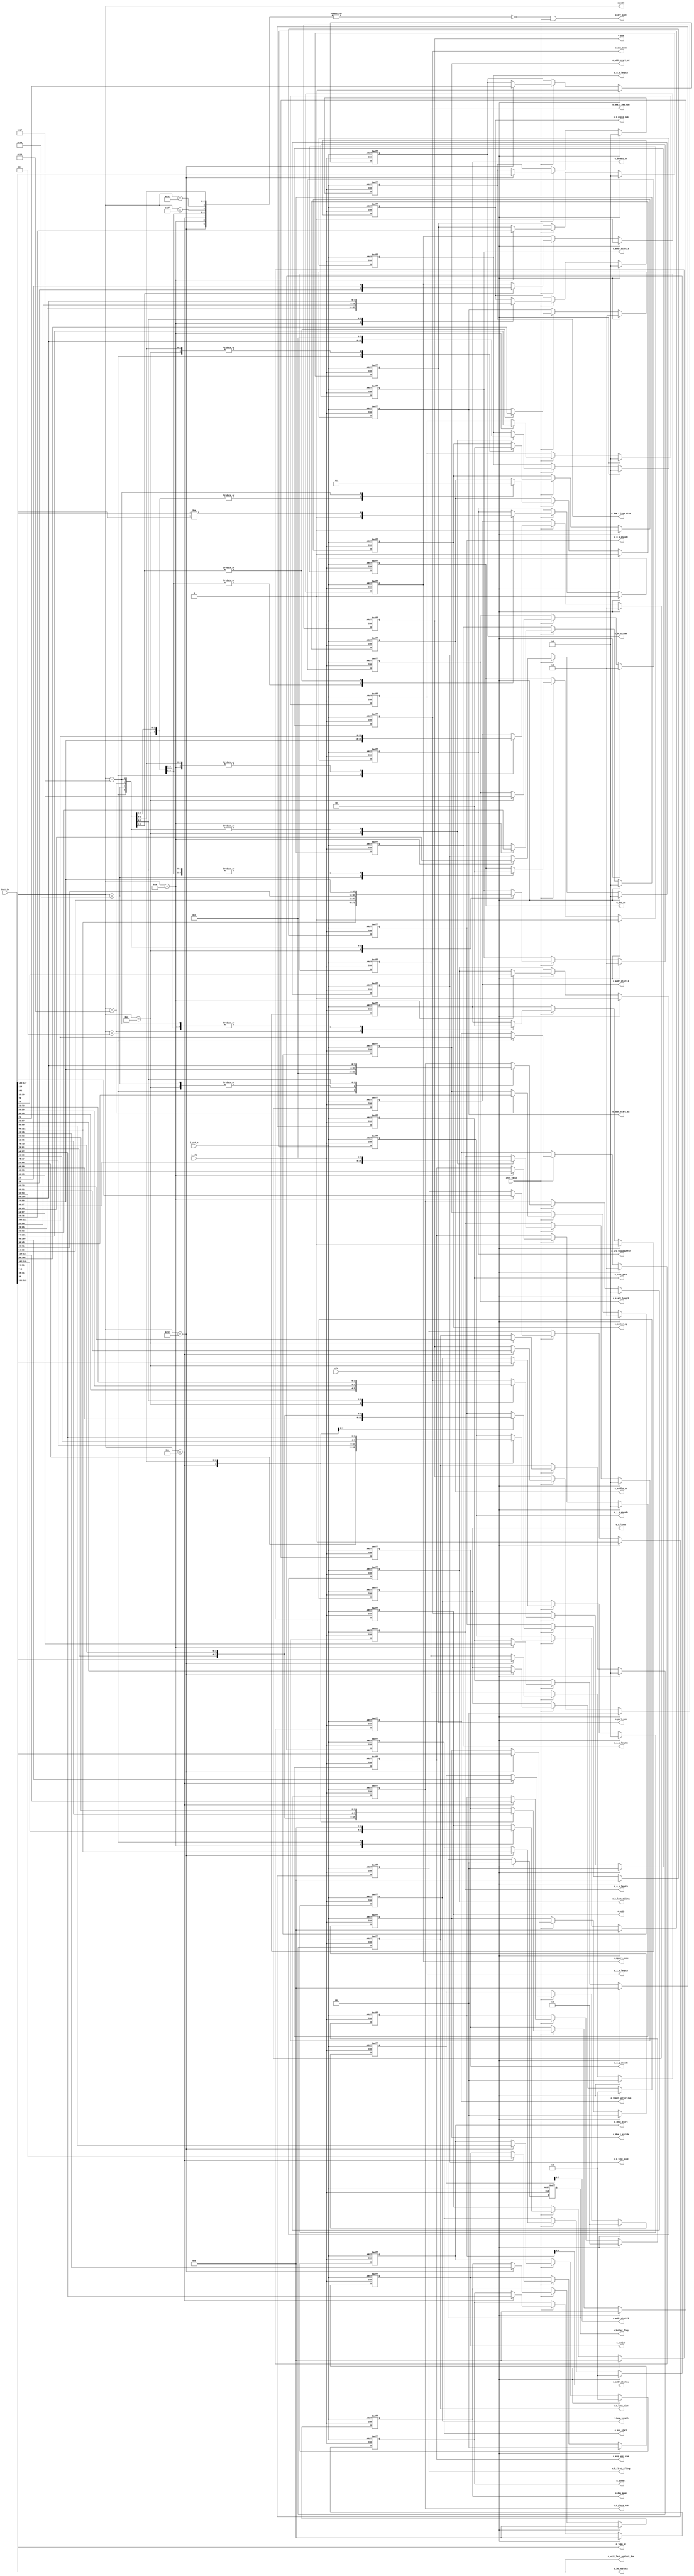
`timescale 1ns / 1ps

module decoder(
	input i_clk,
	input i_rst_n,
	input clr,

	input [127:0] inst_in,
	input inst_valid,

	output [4:0] opcode,
	output [3:0] o_mode,

	output  [15:0] o_addr_start_d      ,
	output  [15:0] o_addr_start_d2      ,
	output  [9:0] o_addr_start_w      ,
	output  [15:0] o_addr_start_s      ,
	output  [15:0] o_addr_start_s2      ,
	output  [7:0] o_addr_start_b      ,
	output  [1:0]  o_buffer_flag       ,
                                      
	output  [7:0]  o_i_x_length        ,
	output  [7:0]  o_i_y_length        ,
	output  [7:0]  o_i_piece_num       ,
                                      
	//output  [1:0]  o_tiling_type       ,
	output         o_b_first_tiling       ,
	output         o_b_last_tiling       ,
	output  [7:0]  o_part_num          ,
	output  [3:0]  o_last_part         ,
	output  [7:0]  o_i_line_size       ,
                                   
	output  [7:0]  o_o_x_length        ,
	output  [7:0]  o_o_y_length        ,
	output  [7:0]  o_o_piece_num       ,
                                   
	output  [3:0]  o_kernel            ,
	output  [1:0]  o_stride            ,
	output  [1:0]  o_pad               ,
                                   
	output  reg [7:0] r_jump_length        ,
	output  [7:0]  o_o_line_size        ,
	output  [15:0] o_s_all_length      ,
                                   
	output  [7:0]  o_avg_pool_coe       ,
	output  [3:0]  o_w_q_encode         ,
	output  [3:0]  o_i_q_encode         ,
	output  [3:0]  o_o_q_encode         ,
	
	 output o_sorter_op,
	 output  [15:0] o_Input_sorter_num,
	 output o_dot_en   ,
	 output o_dotacc_en,
	 output o_actfun_en,
	 output o_square_mode,

	//output  [2:0]  o_softmax_o_num      ,
	//output  [15:0] o_softmax_i_num     ,
	//output  [11:0] o_softmax_dest_addr ,
	//output  [11:0] o_softmax_src_addr  ,

	output  [3:0]  o_dma_mode          ,
	output  [31:0] o_src_start         ,
	output  [31:0] o_dest_start        ,
	output  [31:0] o_d_lines           ,
	output  o_be_stream  ,
	output  o_be_noblock ,
	output  [7:0] o_dma_i_line_size ,     
	output  [1:0] o_dma_i_stride    ,
	output  [1:0] o_dma_i_pad_num   ,
	
	output  [11:0] o_jump_pc              ,
	output  o_wait_last_noblock_dma,
	output  o_src_from2buffer,
	//output  o_be_noblock,
	output  [1:0] o_act_mode,
	output  o_err_inst


);

parameter DMA = 5'b10010;
parameter IOB2N = 5'b01010;
parameter WB2N = 5'b01011;
parameter N2IOB = 5'b01101;
parameter SOFTMAX = 5'b00110;
parameter STOP = 5'b11111;
parameter JUMP = 5'b11100;
parameter DOT = 5'b10011;
parameter DOTACC = 5'b10110;
parameter ACTFUN = 5'b10111;

wire  [9:0]opcode_array;
reg   [3:0] r_mode;
reg   [15:0] r_addr_start_d ;    
reg   [15:0] r_addr_start_d2 ; 
reg   [11:0] r_addr_start_w ;    
reg   [15:0] r_addr_start_s ;   
reg   [15:0] r_addr_start_s2 ;  
reg   [11:0] r_addr_start_b ;    
reg   [1:0]  r_buffer_flag  ;    
                              
reg   [7:0]  r_i_x_length  ;     
reg   [7:0]  r_i_y_length  ;     
reg   [7:0]  r_i_piece_num ; 
reg   [15:0]  r_Input_sorter_num ;    
                              
reg   [1:0]  r_tiling_type ;     
reg   [7:0]  r_part_num    ;     
reg   [3:0]  r_last_part   ;     
reg   [7:0]  r_i_line_size ;     
                              
reg   [7:0]  r_o_x_length  ;     
reg   [7:0]  r_o_y_length  ;     
reg   [7:0]  r_o_piece_num ;     
                              
reg   [3:0]  r_kernel     ;      
reg   [1:0]  r_stride     ;      
reg   [1:0]  r_pad        ;      
                              
//reg   [7:0]  r_jump_length  ;    
reg   [7:0]  r_o_line_size  ;    
reg   [15:0] r_s_all_length ;    
                              
reg   [7:0]  r_avg_pool_coe ;    
reg   [3:0]  r_w_q_encode   ;    
reg   [3:0]  r_i_q_encode   ;    
reg   [3:0]  r_o_q_encode   ;    
                              
reg   [2:0]  r_softmax_o_num     ;
reg   [15:0] r_softmax_i_num     ;
reg   [11:0] r_softmax_dest_addr ;
reg   [11:0] r_softmax_src_addr  ;
                              
reg   [3:0]  r_dma_mode    ;     
reg   [31:0] r_src_start   ;     
reg   [31:0] r_dest_start  ;     
reg   [31:0] r_d_lines     ; 
reg          r_be_stream    ; 
//reg          r_be_noblock   ;
reg     [1:0]     r_act_mode;
reg   r_b_last_tiling ;
reg   r_b_first_tiling;
reg   r_sorter_op;
reg  [7:0] r_dma_i_line_size ;
reg  [1:0] r_dma_i_stride    ;
reg  [1:0] r_dma_i_pad_num   ;
reg   r_dot_en    ;
reg   r_dotacc_en ;
reg   r_actfun_en ;
reg   r_square_mode;
reg   r_src_from2buffer;

assign opcode = inst_in[127:123];
//assign opcode = 5'b10111;
assign o_jump_pc               = inst_in[122:111];
assign o_wait_last_noblock_dma = inst_in[20];
assign o_be_noblock            = inst_in[20];
assign opcode_array  = {(opcode == DMA),(opcode == IOB2N),(opcode == WB2N),(opcode == N2IOB)
,(opcode == SOFTMAX),(opcode == STOP),(opcode == JUMP),(opcode == DOT),(opcode == DOTACC),(opcode == ACTFUN)};
assign o_err_inst = (~|opcode_array)&&inst_valid; 
assign o_mode = r_mode;  
assign o_addr_start_d       = r_addr_start_d     ;
assign o_addr_start_d2       = r_addr_start_d2     ;     
assign o_addr_start_w       = r_addr_start_w[9:0]     ;
assign o_addr_start_s       = r_addr_start_s     ;
assign o_addr_start_b       = r_addr_start_b[7:0]     ;
assign o_buffer_flag        = r_buffer_flag      ;                 
assign o_i_x_length         = r_i_x_length       ;
assign o_i_y_length         = r_i_y_length       ;
assign o_i_piece_num        = r_i_piece_num      ;                 
//assign o_tiling_type        = r_tiling_type      ;
assign o_b_first_tiling     = r_b_first_tiling   ;
assign o_b_last_tiling      = r_b_last_tiling   ;


assign o_part_num           = r_part_num         ;
assign o_last_part          = r_last_part        ;
assign o_i_line_size        = r_i_line_size      ;                
assign o_o_x_length         = r_o_x_length       ;
assign o_o_y_length         = r_o_y_length       ;
assign o_o_piece_num        = r_o_piece_num      ;               
assign o_kernel             = r_kernel           ;
assign o_stride             = r_stride           ;
assign o_pad                = r_pad              ;                
//assign o_jump_length        = r_jump_length      ;
assign o_o_line_size        = r_o_line_size      ;
assign o_s_all_length       = r_s_all_length     ;              
assign o_avg_pool_coe       = r_avg_pool_coe     ;
assign o_w_q_encode         = r_w_q_encode       ;
assign o_i_q_encode         = r_i_q_encode       ;
assign o_o_q_encode         = r_o_q_encode       ;               
assign o_softmax_o_num      = r_softmax_o_num    ;
assign o_softmax_i_num      = r_softmax_i_num    ;
assign o_softmax_dest_addr  = r_softmax_dest_addr;
assign o_softmax_src_addr   = r_softmax_src_addr ;                
assign o_dma_mode           = r_dma_mode         ;
assign o_src_start          = r_src_start        ;
assign o_dest_start         = r_dest_start       ;
assign o_d_lines            = r_d_lines          ;   
assign o_be_stream          = r_be_stream        ;   
//assign o_be_noblock         = r_be_noblock       ; 
assign o_act_mode           = r_act_mode;
assign o_addr_start_s2 = r_addr_start_s2;
assign o_sorter_op = r_sorter_op;
assign  o_dot_en    = r_dot_en   ;
assign  o_dotacc_en = r_dotacc_en;
assign  o_actfun_en = r_actfun_en;
assign  o_square_mode = r_square_mode;
assign  o_src_from2buffer = r_src_from2buffer;
assign o_Input_sorter_num = r_Input_sorter_num;
assign o_dma_i_line_size = r_dma_i_line_size;
assign o_dma_i_stride    = r_dma_i_stride   ;
assign o_dma_i_pad_num   = r_dma_i_pad_num  ;


always @(posedge i_clk or negedge i_rst_n)
begin
	if (i_rst_n == 0)
	begin
		r_mode         <= 4'h0;
		r_addr_start_d <= 12'h0;
		r_addr_start_d2 <= 12'h0;
		r_addr_start_w <= 12'h0;
		r_addr_start_s <= 12'h0;
		r_addr_start_s2 <= 12'b0;
		r_addr_start_b <= 12'h0;
		r_buffer_flag  <= 2'b0;
		r_i_x_length   <= 8'h0;
		r_i_y_length   <= 8'h0;
		r_i_piece_num  <= 8'h0;
		r_tiling_type  <= 2'b0;
		r_part_num     <= 8'h0;
		r_last_part    <= 4'h0;
		r_i_line_size  <= 8'h0;
		r_o_x_length   <= 8'h0;
		r_o_y_length   <= 8'h0;
		r_o_piece_num  <= 8'h0;
		r_kernel       <= 4'h0;
		r_stride       <= 2'b0;
		r_pad          <= 2'b0;
		r_jump_length  <= 8'h0;
		r_s_all_length <= 16'h0;
		r_o_line_size  <= 8'h0;
		r_dma_mode     <= 4'h0;
		r_src_start    <= 32'h0;
		r_dest_start   <= 32'h0;
		r_d_lines      <= 32'h0;
	    r_be_stream    <= 1'b0;
//	    r_be_noblock   <= 1'b0;
	    r_act_mode     <= 2'b0;
	    r_softmax_o_num <= 3'b0;
	    r_softmax_i_num <= 16'b0;
	    r_softmax_dest_addr <= 12'b0;
		    r_softmax_src_addr <= 12'b0;
		    r_w_q_encode       <= 4'b0;
			r_i_q_encode       <= 4'b0;
			r_o_q_encode       <= 4'b0;
			r_avg_pool_coe <= 8'b0;
			r_b_last_tiling  <= 1'b0;
           r_b_first_tiling <= 1'b0;
           r_sorter_op <= 1'b0;
           r_dot_en    <= 1'b0;
           r_dotacc_en <= 1'b0;
           r_actfun_en <= 1'b0; 
           r_square_mode <= 1'b0;
           r_src_from2buffer <= 1'b0;
           r_Input_sorter_num <= 16'b0;
            r_dma_i_line_size <= 8'b0;
			r_dma_i_stride    <= 2'b0;
			r_dma_i_pad_num   <= 2'b0;
          

		
	end
	else if (clr)
	begin
		r_mode         <= 4'h0;
		r_addr_start_d <= 12'h0;
		r_addr_start_d2 <= 12'h0;
		r_addr_start_w <= 12'h0;
		r_addr_start_s <= 12'h0;
		r_addr_start_s2 <= 12'b0;
		r_addr_start_b <= 12'h0;
		r_buffer_flag  <= 2'b0;
		r_i_x_length   <= 8'h0;
		r_i_y_length   <= 8'h0;
		r_i_piece_num  <= 8'h0;
		//r_tiling_type  <= 2'b0;
		r_part_num     <= 8'h0;
		r_last_part    <= 4'h0;
		r_i_line_size  <= 8'h0;
		r_o_x_length   <= 8'h0;
		r_o_y_length   <= 8'h0;
		r_o_piece_num  <= 8'h0;
		r_kernel       <= 4'h0;
		r_stride       <= 2'b0;
		r_pad          <= 2'b0;
		r_jump_length  <= 8'h0;
		r_s_all_length <= 16'h0;
		r_o_line_size  <= 8'h0;
		r_dma_mode     <= 4'h0;
		r_src_start    <= 32'h0;
		r_dest_start   <= 32'h0;
		r_d_lines      <= 32'h0; 
		r_be_stream    <= 1'b0;
	  //r_be_noblock   <= 1'b0;
	  r_act_mode<= 2'b0;
	    r_softmax_o_num <= 3'b0;
	    r_softmax_i_num <= 16'b0;
	    r_softmax_dest_addr <= 12'b0;
		r_softmax_src_addr <= 12'b0;
		 r_w_q_encode       <= 4'b0;
			r_i_q_encode       <= 4'b0;
			r_o_q_encode       <= 4'b0;
			r_avg_pool_coe <= 8'b0;
			r_b_last_tiling  <= 1'b0;
           r_b_first_tiling <= 1'b0;
           r_sorter_op <= 1'b0;
           r_dot_en    <= 1'b0;
           r_dotacc_en <= 1'b0;
           r_actfun_en <= 1'b0;
           r_square_mode <= 1'b0;
            r_src_from2buffer <= 1'b0;
            r_Input_sorter_num <= 16'b0;   
             r_dma_i_line_size <= 8'b0;
			r_dma_i_stride    <= 2'b0;
			r_dma_i_pad_num   <= 2'b0;
			
           
           
	end
	else if(inst_valid)
	begin
		case (opcode)
			DMA:
			begin
				r_src_start <= inst_in[121:90];
				r_dest_start <= inst_in[89:58];
				r_d_lines <= inst_in[57:26];
				r_dma_mode <= inst_in[25:22];
				r_be_stream <= inst_in[21];
				r_dma_i_line_size <= inst_in[19:12];
				r_dma_i_stride    <= inst_in[11:10];
				r_dma_i_pad_num   <= inst_in[9:7];
			end

			IOB2N:
			begin
				r_addr_start_d <= inst_in[121:106];
				//r_buffer_flag <= inst_in[105:102];
				r_mode <= inst_in[105:102];
				r_i_x_length <= inst_in[101:94];
				r_i_y_length <= inst_in[93:86];
				r_i_piece_num <= inst_in[85:78];
				//r_tiling_type <= inst_in[79:78];
				r_b_last_tiling  <=  inst_in[77];
              r_b_first_tiling <=   inst_in[76];
				//r_tiling_type <= inst_in[79:78];
				//r_tiling_type <= inst_in[79:78];
				r_part_num <= inst_in[75:68];
				r_last_part <= inst_in[67:64];
				r_i_line_size <= inst_in[63:56];
				r_avg_pool_coe <= inst_in[55:48];
			end

			WB2N:
			begin
				r_addr_start_w <= inst_in[121:110];
				r_addr_start_b <= inst_in[109:98];
				r_kernel <= inst_in[97:94];
				r_stride <= inst_in[93:92];
				r_pad <= inst_in[91:90];
				r_w_q_encode <= inst_in[89:86];
				r_i_q_encode <= inst_in[85:82];
				r_o_q_encode <= inst_in[81:78];
			end

			N2IOB:
			begin
				r_addr_start_s <= inst_in[121:106];
				
				r_o_x_length <= inst_in[105:98];
				r_o_y_length <= inst_in[97:90];
				r_o_piece_num <= inst_in[89:82];
				r_jump_length <= inst_in[81:74];
				r_o_line_size <= inst_in[73:66];
				r_s_all_length <= inst_in[65:50];
				r_act_mode <= inst_in[49:48];
				//r_addr_start_s2 <= inst_in[49:38];
				r_sorter_op <= 1'b0;
				r_dot_en    <= 1'b0;
              r_dotacc_en <= 1'b0;
              r_actfun_en <= 1'b0;
               r_src_from2buffer <= 1'b0;
			end

			SOFTMAX:
			begin
				//r_softmax_o_num <= inst_in[121:1];
         			r_Input_sorter_num <= inst_in[121:106];
         			r_addr_start_s <= inst_in[105:90];
         			r_addr_start_d <= inst_in[89:74];
        			// r_buffer_flag <= inst_in[79:78];
         			r_sorter_op <= 1'b1;
         			r_o_x_length <= 1'b1;
         			r_o_y_length <= 1'b1;
         			r_o_piece_num <= 1'b1;
         			r_mode <= 4'b0;
         			r_dot_en    <= 1'b0;
           			r_dotacc_en <= 1'b0;
           			r_actfun_en <= 1'b0;
				r_src_from2buffer <= 1'b0;
				//r_wait_last_dma <= inst_in[37];
			end
			
		DOT:
			begin
			
				r_addr_start_d <= inst_in[121:106];
				r_addr_start_d2 <= inst_in[105:90];
				r_src_from2buffer <= inst_in[118]!=inst_in[102];
				r_o_piece_num  <= inst_in[89:82];
				r_sorter_op <= 1'b0;
				r_w_q_encode       <= inst_in[81:78];
			   r_i_q_encode       <= inst_in[77:74];
			   r_o_q_encode       <= inst_in[73:70];
			   r_addr_start_s <= inst_in[69:54];
			   r_square_mode <= inst_in[39];
			   r_o_x_length <= 1'b1;
         		r_o_y_length <= 1'b1;
			   r_dot_en    <= 1'b1;
              r_dotacc_en <= 1'b0;
              r_actfun_en <= 1'b0;
              /*
              r_addr_start_d <= 16'h0000;
				r_addr_start_d2 <= 16'h0006;
				r_src_from2buffer <= 1'b0;
				r_o_piece_num  <= 8'h04;
				r_sorter_op <= 1'b0;
				r_w_q_encode       <= inst_in[81:78];
			   r_i_q_encode       <= inst_in[77:74];
			   r_o_q_encode       <= inst_in[73:70];
			   r_addr_start_s <= 16'h1000;
			   r_square_mode <= 1'b0;
			   r_o_x_length <= 1'b1;
         		r_o_y_length <= 1'b1;
			   r_dot_en    <= 1'b1;
              r_dotacc_en <= 1'b0;
              r_actfun_en <= 1'b0;*/
              
			end	
		
		DOTACC:
			begin
			
				r_addr_start_d <= inst_in[121:106];
				r_addr_start_d2 <= inst_in[105:90];
				r_src_from2buffer <= inst_in[118]!=inst_in[102];
				r_o_piece_num  <= inst_in[81:74];
				r_i_piece_num <= inst_in[89:82];
				r_sorter_op <= 1'b0;
				r_w_q_encode       <= inst_in[73:70];
			   r_i_q_encode       <= inst_in[69:66];
			   r_o_q_encode       <= inst_in[65:62];
			   r_addr_start_s <= inst_in[61:46];
			   r_addr_start_s2 <= inst_in[45:30];
			   r_act_mode <= inst_in[29:28];
			   r_square_mode <= inst_in[27];
			   r_o_x_length <= 1'b1;
         		r_o_y_length <= 1'b1;
			   r_dot_en    <= 1'b0;
              r_dotacc_en <= 1'b1;
              r_actfun_en <= 1'b0;
              /*
              r_addr_start_d <= 16'h0000;
				r_addr_start_d2 <= 16'h0000;
				r_src_from2buffer <= 1'b0;
				r_i_piece_num <= 8'h04;
				r_o_piece_num  <= 8'h04;
				r_sorter_op <= 1'b0;
				r_w_q_encode       <= inst_in[81:78];
			   r_i_q_encode       <= inst_in[77:74];
			   r_o_q_encode       <= inst_in[73:70];
			   r_addr_start_s <= 16'h1000;
			   r_addr_start_s2 <= 16'h0000;
			   r_square_mode <= 1'b1;
			   r_act_mode <= 2'b10;
			   r_o_x_length <= 1'b1;
         		r_o_y_length <= 1'b1;
			   r_dot_en    <= 1'b0;
              r_dotacc_en <= 1'b1;
              r_actfun_en <= 1'b0;*/
			   
			end	
			
		ACTFUN:
			begin
			
				r_addr_start_d <= inst_in[121:106];
				r_i_piece_num <= inst_in[105:98];
				r_o_piece_num  <= inst_in[105:98];
				r_sorter_op <= 1'b0;
				r_o_x_length <= 1'b1;
         		r_o_y_length <= 1'b1;
			   r_i_q_encode       <= inst_in[97:94];
			   r_o_q_encode       <= inst_in[93:90];
			   r_addr_start_s <= inst_in[89:74];
			   r_act_mode <= inst_in[73:72];
			   r_dot_en    <= 1'b0;
              r_dotacc_en <= 1'b0;
              r_actfun_en <= 1'b1;
              
             /* 
              r_addr_start_d <= 16'h0000;
				r_i_piece_num <= 8'h4;
				r_o_piece_num  <= 8'h4;
				r_sorter_op <= 1'b0;
				r_o_x_length <= 1'b1;
         		r_o_y_length <= 1'b1;
			   r_i_q_encode       <= inst_in[97:94];
			   r_o_q_encode       <= inst_in[93:90];
			   r_addr_start_s <= 16'h1000;
			   r_act_mode <= 2'b10;
			   r_dot_en    <= 1'b0;
              r_dotacc_en <= 1'b0;
              r_actfun_en <= 1'b1;
			   */
			end	

			
		endcase
	end else begin
			  r_mode         <= r_mode        ;
		    r_addr_start_d <= r_addr_start_d;
		    r_addr_start_w <= r_addr_start_w;
		    r_addr_start_s <= r_addr_start_s;
		    r_addr_start_b <= r_addr_start_b;
		    r_buffer_flag  <= r_buffer_flag ;
		    r_i_x_length   <= r_i_x_length  ;
		    r_i_y_length   <= r_i_y_length  ;
		    r_i_piece_num  <= r_i_piece_num ;
		    r_tiling_type  <= r_tiling_type ;
		    r_part_num     <= r_part_num    ;
		    r_last_part    <= r_last_part   ;
		    r_i_line_size  <= r_i_line_size ;
		    r_o_x_length   <= r_o_x_length  ;
		    r_o_y_length   <= r_o_y_length  ;
		    r_o_piece_num  <= r_o_piece_num ;
		    r_kernel       <= r_kernel      ;
		    r_stride       <= r_stride      ;
		    r_pad          <= r_pad         ;
		    r_jump_length  <= r_jump_length ;
		    r_s_all_length <= r_s_all_length;
		    r_o_line_size  <= r_o_line_size ;
		    r_dma_mode     <= r_dma_mode    ;
		    r_src_start    <= r_src_start   ;
		    r_dest_start   <= r_dest_start  ;
		    r_d_lines      <= r_d_lines     ;
		   	r_be_stream    <= r_be_stream ;
	       // r_be_noblock   <= r_be_noblock; 
	        r_act_mode <= r_act_mode;
	        r_softmax_o_num     <= r_softmax_o_num    ;
	        r_softmax_i_num     <= r_softmax_i_num    ;
	        r_softmax_dest_addr <= r_softmax_dest_addr;
		      r_softmax_src_addr  <= r_softmax_src_addr ;
		      r_w_q_encode        <= r_w_q_encode;
			    r_i_q_encode        <= r_i_q_encode;
			    r_o_q_encode        <= r_o_q_encode;
			    r_avg_pool_coe <= r_avg_pool_coe;
			    r_addr_start_d <= r_addr_start_d ;
		    
		   
	end
end

endmodule